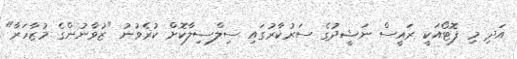
އަދި މި ފޮޓޯއަކީ ރައީސް ނަޝީދުގެ ސަރުކާރުގައި ސިލްސިލާކޮށް ކުރެވުނު "ޒުވާނުންގެ މުޒާހަރާ"